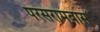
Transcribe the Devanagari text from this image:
परसरामबास